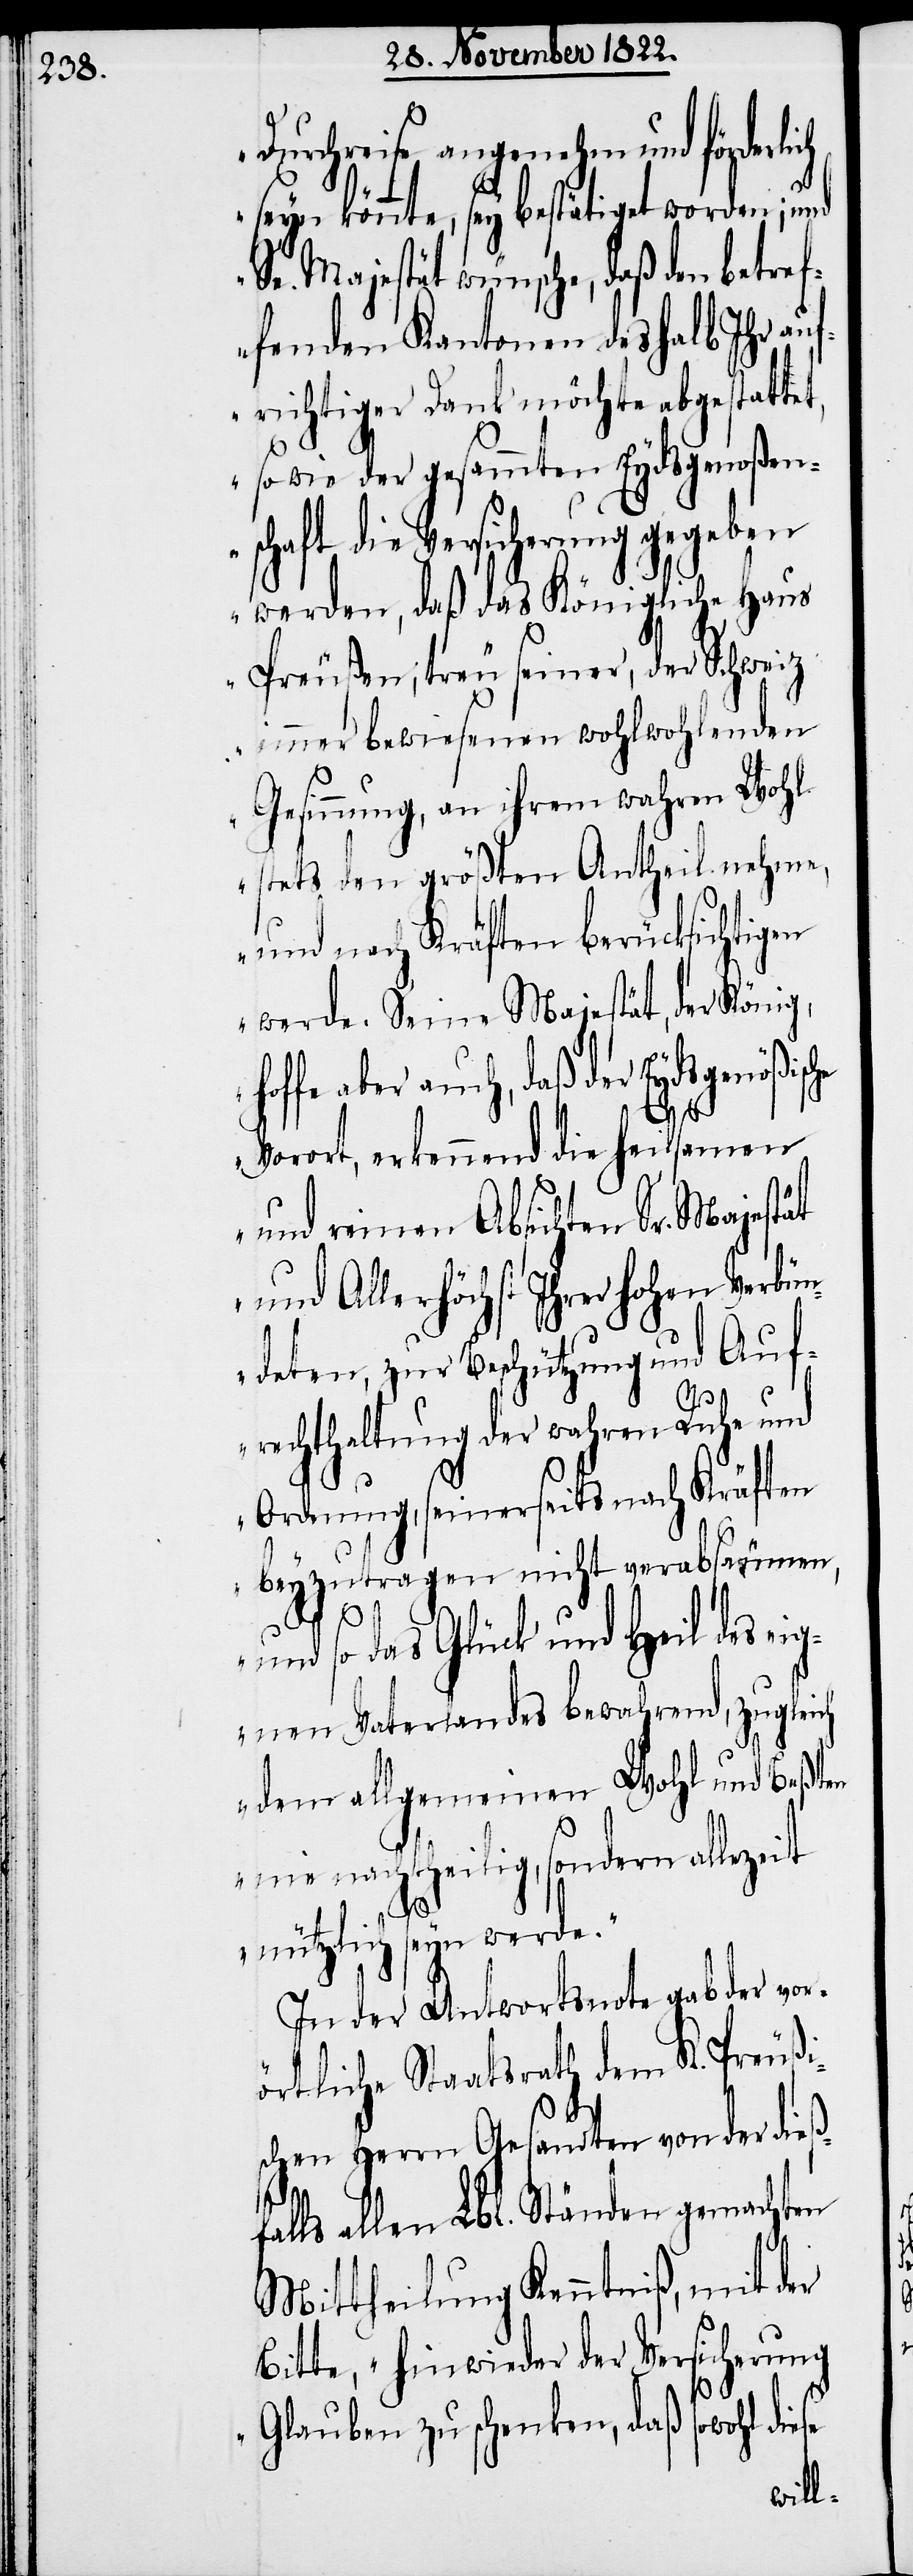
Durchreise angenehm und förderl¬
seyn könnte, sey bestätiget worden; und
Se. Majestät wünsche, daß den betre¬
ffenden Kantonen deshalb Ihr auf¬
richtiger Dank möchte abgestatte¬
so wie der gesammten Eydsgenoßen¬
schaft die Versicherung gegeben
werden, daß das Königliche Haus
Preußen, treu seiner, der Schweiz
immer bewiesenen wohlwohlenden
Gesinnung, an ihrem wahren Wohl
stets den größten Antheil nehme,
und nach Kräften berücksichtigen
werde. Seine Majestät, der König,
aber auch, daß der Eydsgenößis¬
Vorort, erkennend die heilsamen
und reinen Absichten Sr. Majestät
und Allerhöchst Ihrer hohen Verbün¬
deten, zur Beschützung und Auf¬
rechthaltung der wahren Ruhe und
Ordnung, seinerseits nach Kräften
beyzutragen nicht verabsäumen,
he
und so das Glück und Heil des eig¬
nen Vaterlandes bewahrend, zugleich
dem allgemeinen Wohl und Beßten
nie nachtheilig, sondern
nützlich seyn werde.“
In der Antwortsnote gab der vor¬
örtliche Staatsrath dem K. Preußi¬
schen Herrn Gesandten von der die¬
falls allen Lbl. Ständen gemachten
ß¬
Mittheilung Kenntniß, mit der
Bitte, „hinwieder der Versicherung
Glauben zu schenken, daß sowohl diese
ich